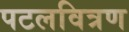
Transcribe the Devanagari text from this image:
पटलवित्रण